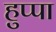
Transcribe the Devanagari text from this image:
हुप्पा